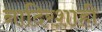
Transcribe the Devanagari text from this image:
नादिरशाही